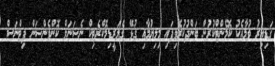
ގަޑިއިރު ވުމާއެކު ކޮމެންޓްކުރުން ބަންދުކުރެވިފައި މިލިޔުމާއި ގުޅޭ ގެލަރީޑިމޮކްރެޓިކް ނެޝަނަލް ކޮންވެންޝަން ފިޓްނަސް